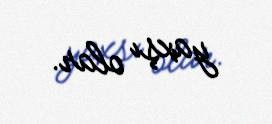
yaxşı olar.